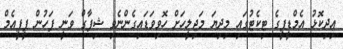
އިދިކޮޅު އެމްޑީޕީގެ ޓިކެޓުގައި މިދިޔަ މަޖިލީހަށް ހޮވިވަޑައިގެންނެވި ޝިފާގް ވަނީ ފަހުން ޕީޕީއެމް